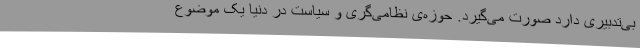
بی‌تدبیری دارد صورت می‌گیرد. حوزه‌ی نظامی‌گری و سیاست در دنیا یک موضوع